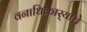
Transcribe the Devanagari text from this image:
वनाधिकार्‍याचे